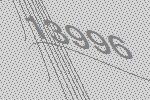
13996